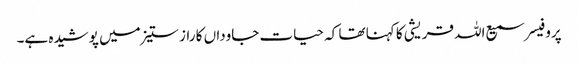
پروفیسر سمیع اللہ قریشی کا کہنا تھا کہ حیات جاوداں کا راز ستیز میں پوشیدہ ہے۔